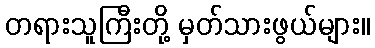
တရားသူကြီးတို့ မှတ်သားဖွယ်များ။